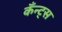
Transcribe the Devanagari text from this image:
कँन्ट्‌स